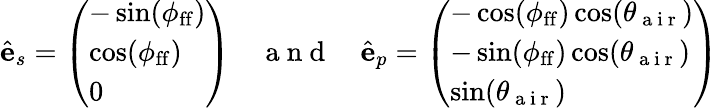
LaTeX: \hat{\mathbf{e}}_{s}=\left(\begin{array}{l}{-\sin(\phi_{\mathrm{ff}})}\\ {\cos(\phi_{\mathrm{ff}})}\\ {0}\end{array}\right)\quad\mathrm{~a~n~d~}\quad\hat{\mathbf{e}}_{p}=\left(\begin{array}{l}{-\cos(\phi_{\mathrm{ff}})\cos(\theta_{\mathrm{~a~i~r~}})}\\ {-\sin(\phi_{\mathrm{ff}})\cos(\theta_{\mathrm{~a~i~r~}})}\\ {\sin(\theta_{\mathrm{~a~i~r~}})}\end{array}\right)